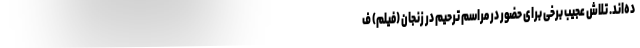
ده‌اند. تلاش عجیب برخی برای حضور در مراسم ترحیم در زنجان (فیلم) ف